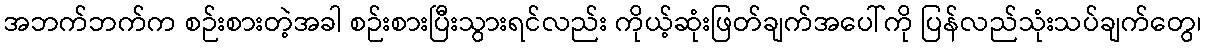
အဘက်ဘက်က စဉ်းစားတဲ့အခါ စဉ်းစားပြီးသွားရင်လည်း ကိုယ့်ဆုံးဖြတ်ချက်အပေါ်ကို ပြန်လည်သုံးသပ်ချက်တွေ၊